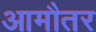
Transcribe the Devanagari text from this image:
आमौतर